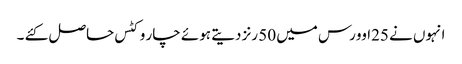
انہوں نے 25اوورس میں 50 رنز دیتے ہوئے چار وکٹس حاصل کئے ۔